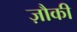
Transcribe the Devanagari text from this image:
ज़ौकी